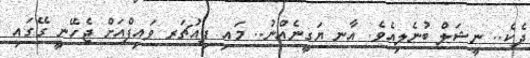
ދެކެ.. ނީޝަލް ބުނެލިއެވެ. އާނ ޔަގީނެއްނު.. މައި ފިއުޗަރ ވައިފްއަށް ޖެހޭނީ ގޭގައި